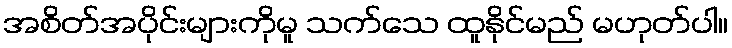
အစိတ်အပိုင်းများကိုမူ သက်သေ ထူနိုင်မည် မဟုတ်ပါ။